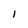
Character: I